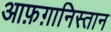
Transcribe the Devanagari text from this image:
आफ़ग़ानिस्तान